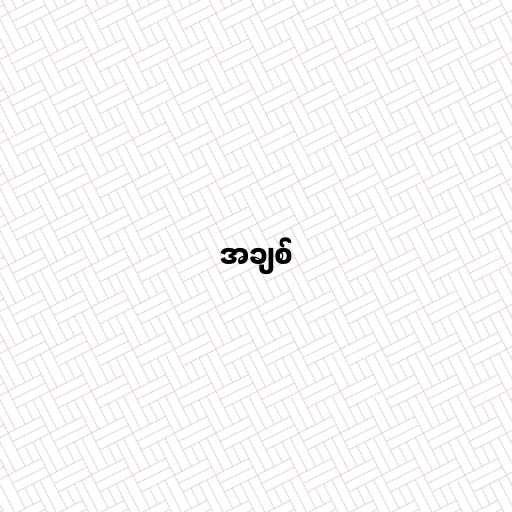
အချစ်